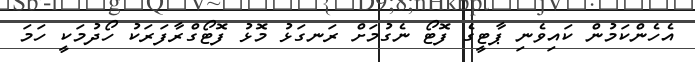
އެހެންކަމުން ކައިވެނި ޕާޓީގެ ފޮޓޯ ނެގުމަށް ރަނގަޅު މޮޅު ފޮޓޯގްރާފަރަކު ހޯދުމަކީ ހަމަ